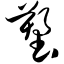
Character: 塑